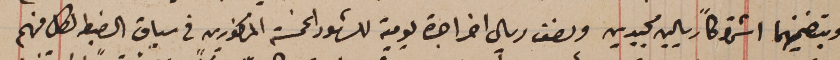
وبتضمينهما اشتراكاً ريالين مجيدين ونصف ريال اخر اجرة يومية للشهور الخمسة المذكورين في سياق الضبط لكل منهم